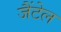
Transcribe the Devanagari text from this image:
जैंटेल